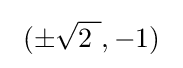
\ (\pm {\sqrt {2\ }},-1)~